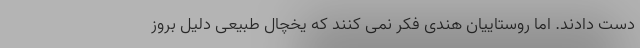
دست دادند. اما روستاییان هندی فکر نمی کنند که یخچال طبیعی دلیل بروز